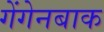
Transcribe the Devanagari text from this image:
गेंगेनबाक